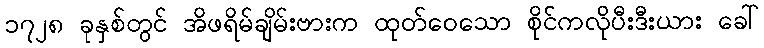
၁၇၂၈ ခုနှစ်တွင် အိဖရိမ်ချိမ်းဗားက ထုတ်ဝေသော စိုင်ကလိုပီးဒီးယား ခေါ်